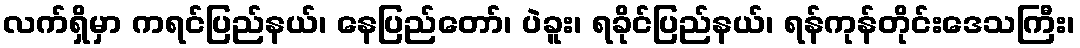
လက်ရှိမှာ ကရင်ပြည်နယ်၊ နေပြည်တော်၊ ပဲခူး၊ ရခိုင်ပြည်နယ်၊ ရန်ကုန်တိုင်းဒေသကြီး၊